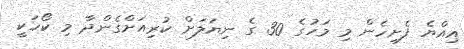
އިއްޔެ ފެށިހެން މި މަހުގެ 30 ގެ ނިޔަލަށް ކުރިއަށްގެންދާ މި ކޯހަކީ